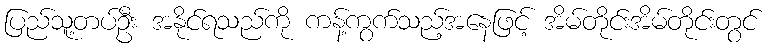
ပြည်သူ့တပ်ဦး အနိုင်ရသည်ကို ကန့်ကွက်သည့်အနေဖြင့် အိမ်တိုင်းအိမ်တိုင်းတွင်